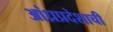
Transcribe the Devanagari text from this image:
आंध्रप्रदेशाची